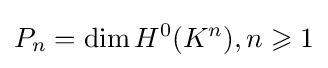
P_{n}=\dim H^{0}(K^{n}),n\geqslant 1